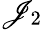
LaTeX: \mathscr{J}_{2}